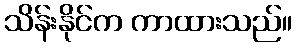
သိန်းနိုင်က ကာထားသည်။